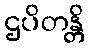
ဌပိတန္တိ